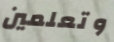
وتعلمين